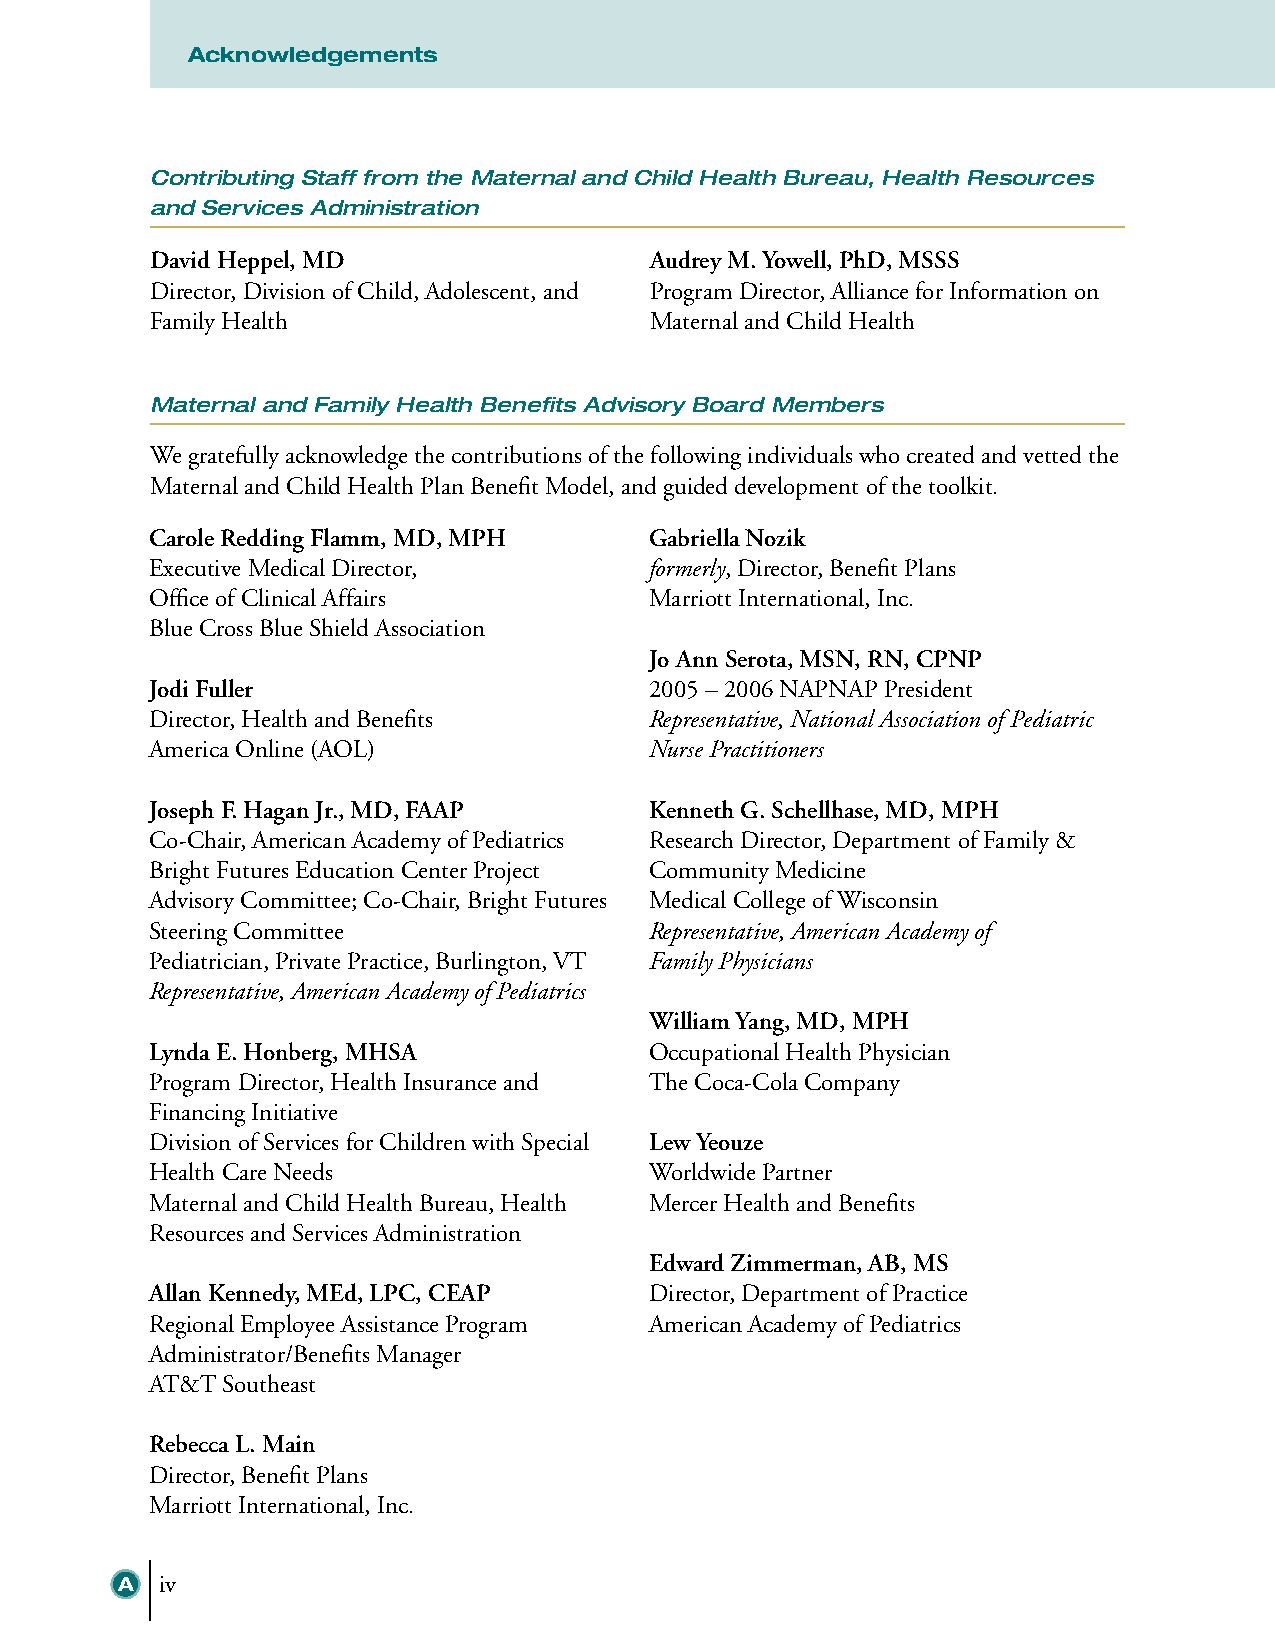
Acknowledgements
 Contributing Staff from the Maternal and Child Health Bureau, Health Resources
 and Services Administration
 David Heppel, MD                 Audrey M. Yowell, PhD, MSSS
 Director, Division of Child, Adolescent, and Program Director, Alliance for Information on
 Family Health                    Maternal and Child Health
 Maternal and Family Health Benefits Advisory Board Members
 We gratefully acknowledge the contributions of the following individuals who created and vetted the
 Maternal and Child Health Plan Benefit Model, and guided development of the toolkit.
 Carole Redding Flamm, MD, MPH    Gabriella Nozik
 Executive Medical Director,      formerly, Director, Benefit Plans
 Office of Clinical Affairs       Marriott International, Inc.
 Blue Cross Blue Shield Association
 Jo Ann Serota, MSN, RN, CPNP
 Jodi Fuller                      2005 – 2006 NAPNAP President
 Director, Health and Benefits    Representative, National Association of Pediatric
 America Online (AOL)             Nurse Practitioners
 Joseph F. Hagan Jr., MD, FAAP    Kenneth G. Schellhase, MD, MPH
 Co-Chair, American Academy of Pediatrics Research Director, Department of Family &
 Bright Futures Education Center Project Community Medicine
 Advisory Committee; Co-Chair, Bright Futures Medical College of Wisconsin
 Steering Committee               Representative, American Academy of
 Pediatrician, Private Practice, Burlington, VT Family Physicians
 Representative, American Academy of Pediatrics
 William Yang, MD, MPH
 Lynda E. Honberg, MHSA           Occupational Health Physician
 Program Director, Health Insurance and The Coca-Cola Company
 Financing Initiative
 Division of Services for Children with Special Lew Yeouze
 Health Care Needs                Worldwide Partner
 Maternal and Child Health Bureau, Health Mercer Health and Benefits
 Resources and Services Administration
 Edward Zimmerman, AB, MS
 Allan Kennedy, MEd, LPC, CEAP    Director, Department of Practice
 Regional Employee Assistance Program American Academy of Pediatrics
 Administrator/Benefits Manager
 AT&T Southeast
 Rebecca L. Main
 Director, Benefit Plans
 Marriott International, Inc.
 A  iv